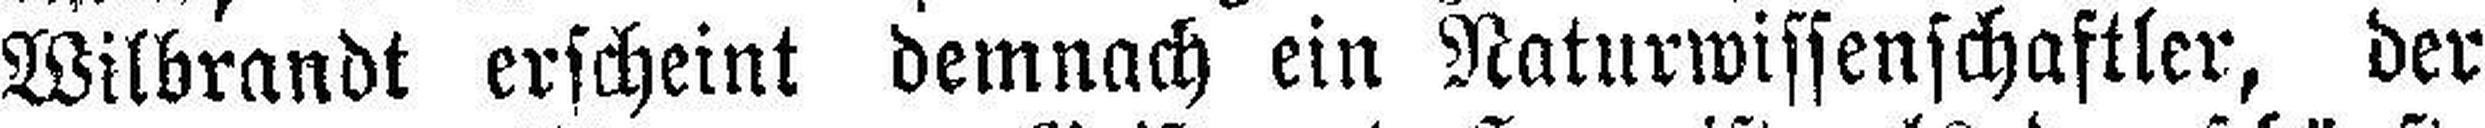
Wilbrandt erscheint demnach ein Naturwissenschaftler, der